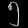
Digit: ၅